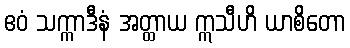
ဧဝံ သက္ကာဒီနံ အတ္ထာယ ဣသီဟိ ယာစိတော